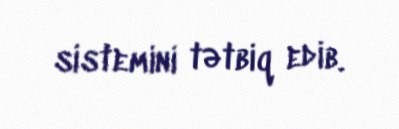
sistemini tətbiq edib.